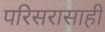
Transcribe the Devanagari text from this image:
परिसरासाही